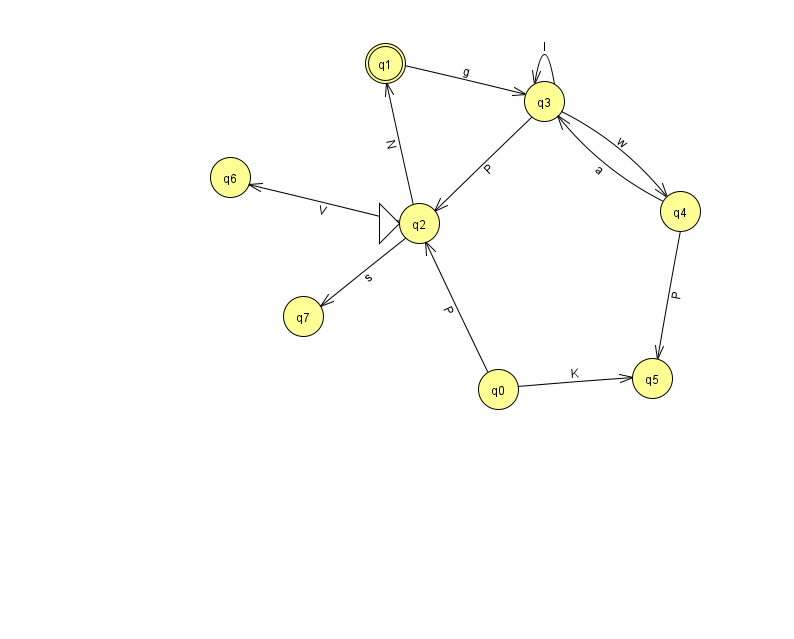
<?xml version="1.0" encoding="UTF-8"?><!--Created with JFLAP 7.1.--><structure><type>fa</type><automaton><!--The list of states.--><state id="0" name="q0"><x>498.0</x><y>376.0</y></state><state id="1" name="q1"><x>385.0</x><y>50.0</y><final/></state><state id="2" name="q2"><x>419.0</x><y>210.0</y><initial/></state><state id="3" name="q3"><x>544.0</x><y>88.0</y></state><state id="4" name="q4"><x>680.0</x><y>198.0</y></state><state id="5" name="q5"><x>652.0</x><y>365.0</y></state><state id="6" name="q6"><x>230.0</x><y>164.0</y></state><state id="7" name="q7"><x>303.0</x><y>303.0</y></state><!--The list of transitions.--><transition><from>2</from><to>6</to><read>V</read></transition><transition><from>3</from><to>2</to><read>P</read></transition><transition><from>0</from><to>5</to><read>K</read></transition><transition><from>2</from><to>7</to><read>s</read></transition><transition><from>1</from><to>3</to><read>g</read></transition><transition><from>4</from><to>3</to><read>a</read></transition><transition><from>0</from><to>2</to><read>P</read></transition><transition><from>3</from><to>3</to><read>l</read></transition><transition><from>2</from><to>1</to><read>N</read></transition><transition><from>4</from><to>5</to><read>P</read></transition><transition><from>3</from><to>4</to><read>w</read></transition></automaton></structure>